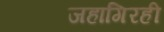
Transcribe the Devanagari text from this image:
जहागिरही